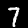
Digit: 7